Document type: Sale
Year: 1461
Scribe: [Unknown]
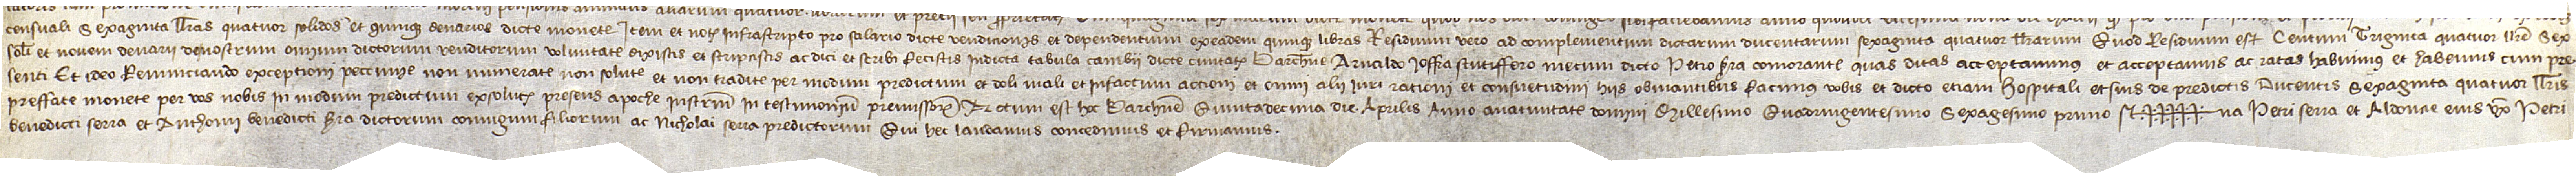
censuali sexaginta llibras, quatuor solidos et quinque denarios dicte monete; item, et notario infrascripto pro salario dicte vendicionis et dependentum ex eadem quinque libras. Residuum vero ad complementum dictarum ducentarum sexaginta quatuor llibrarum. Quod residuum est centum triginta quatuor llibras, sex